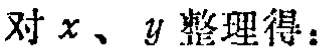
对 \(x、y\) 整理得：